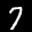
Digit: 7